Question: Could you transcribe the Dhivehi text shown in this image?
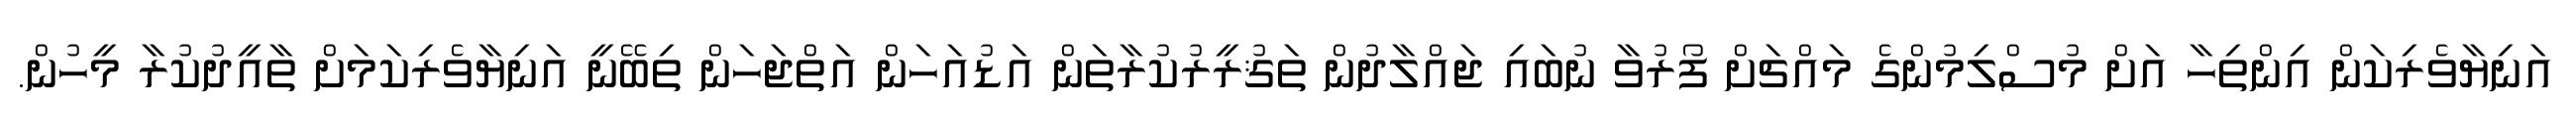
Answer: އަނިޔާވެރިކަން އިންތިހާ އަށް މުސްލިމުންގެ މައްޗަށް ފޯރުވާ ނުބައި ޖައްލާދުން ތަޤުރީރުކުރާތަން އަޑުއަހަން އަތްޖަހަން ތިބޭނީ އަނިޔާވެރިކަމަށް ތާއީދުކުރާ މީހުން.